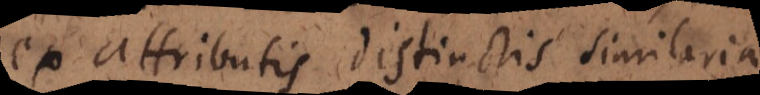
ex attributis distinctis similaria